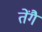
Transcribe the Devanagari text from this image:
तेंगै